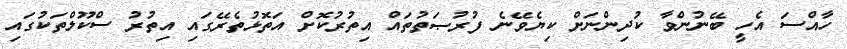
ހާއްސަ އެހީ ބޭނުންވާ ކުދިންނަށް ކިޔެވޭނެ ފުރުޞަތުތައް އިތުރުކޮށް އަތޮޅުތެރޭގައި އިތުރު ސްކޫލްތަކުގައި